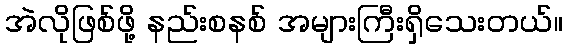
အဲလိုဖြစ်ဖို့ နည်းစနစ် အများကြီးရှိသေးတယ်။